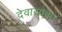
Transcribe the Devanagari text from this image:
देवासोबत